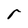
Character: r